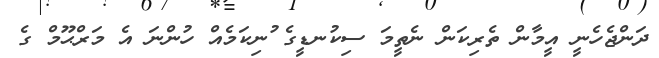
ދަންޖެހެނީ އީމާން ތެރިކަން ނެތީމަ ސިކުނޑީގެ ުނިކަމެއް ހުންނަ އެ މަރްޙޫމް ގެ